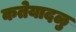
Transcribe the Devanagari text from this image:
कतेयादळु